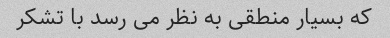
که بسیار منطقی به نظر می رسد با تشکر